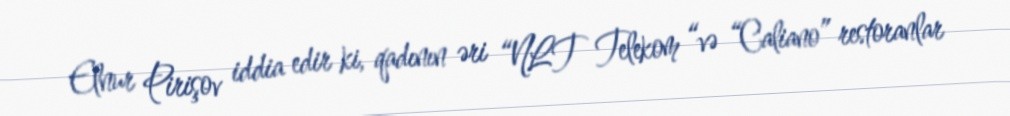
Elnur Pirişov iddia edir ki, qadının əri “NLT Telekom “və “Caliano” restoranlar